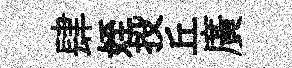
肆姪投丘廣